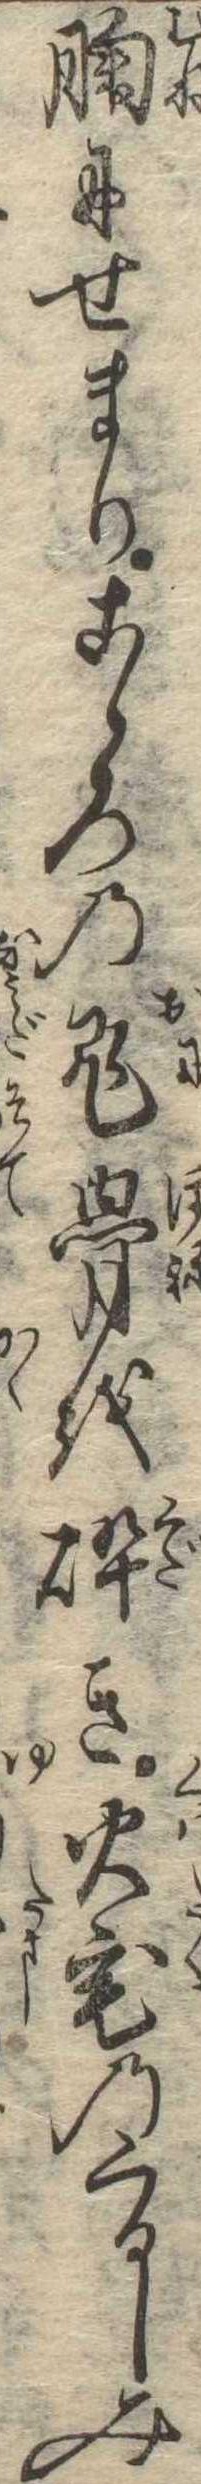
胸にせまりこゝろの鬼骨を砕き火宅のくるしみ